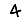
Digit: 4